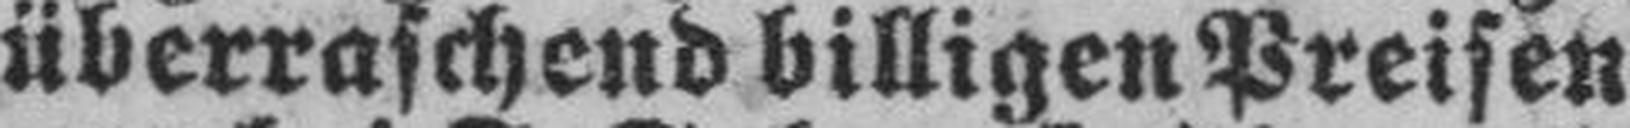
überraschend billigen Preisen